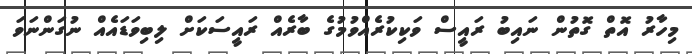
މިހާރު އޮތް ގޮތުން ނައިބު ރައީސް ވަކިކުރެއްވުމުގެ ބާރެއް ރައީސަކަށް ލިބިވަޑައެއް ނުގަންނަވަ